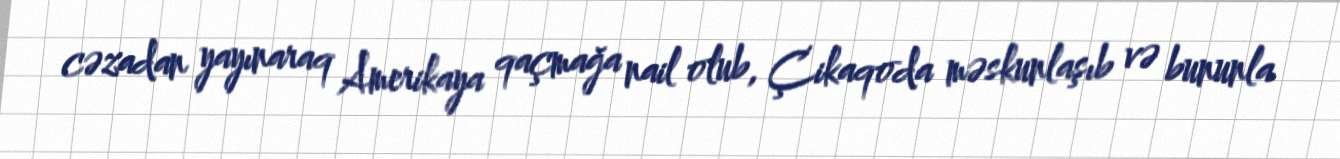
cəzadan yayınaraq Amerikaya qaçmağa nail olub, Çikaqoda məskunlaşıb və bununla